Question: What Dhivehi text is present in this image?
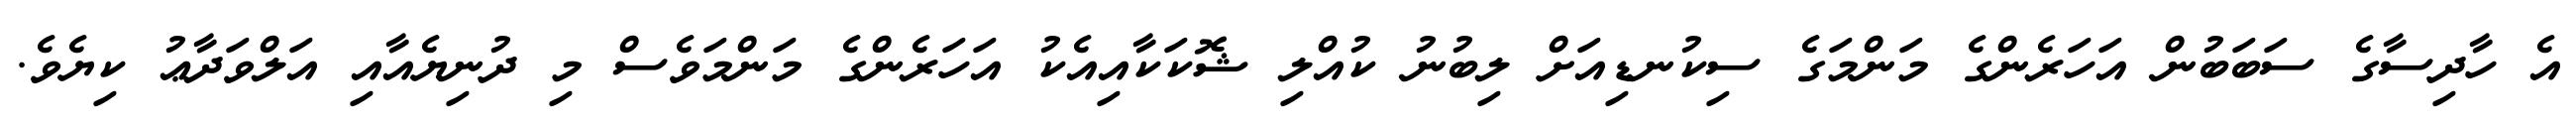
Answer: އެ ހާދިސާގެ ސަބަބުން އަހަރެންގެ މަންމަގެ ސިކުނޑިއަށް ލިބުނު ކުއްލި ޝޮކަކާއިއެކު އަހަރެންގެ މަންމަވެސް މި ދުނިޔެއާއި އަލްވަދާޢު ކިޔެވެ.